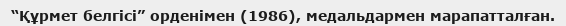
“Құрмет белгісі” орденімен (1986), медальдармен марапатталған.